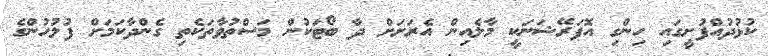
ކުޅުދުއްފުށީގައި ހިންގި އޮޕަރޭޝަނަކީ މާލެއިން އެރަށަށް ދާ ބޯޓަކުން މަސްތުވާތަކެތި ގެންދާކަމަށް ފުލުހުންްގެ